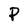
Character: P